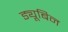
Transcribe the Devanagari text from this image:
ड्यूबिन